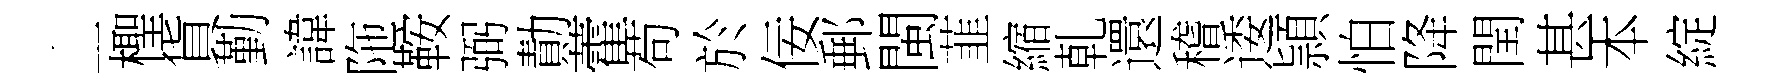
丄檉貨勤諱陁鞍弼勣藿苟於佞郵閩韮縮乹還稽逶頴怕降閏甚本綻